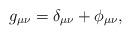
LaTeX: \begin{align*}g_{\mu \nu }=\delta _{\mu \nu }+\phi _{\mu \nu },\end{align*}